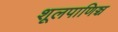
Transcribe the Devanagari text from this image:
शूलपाणिञ्च